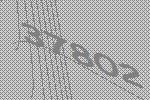
37802